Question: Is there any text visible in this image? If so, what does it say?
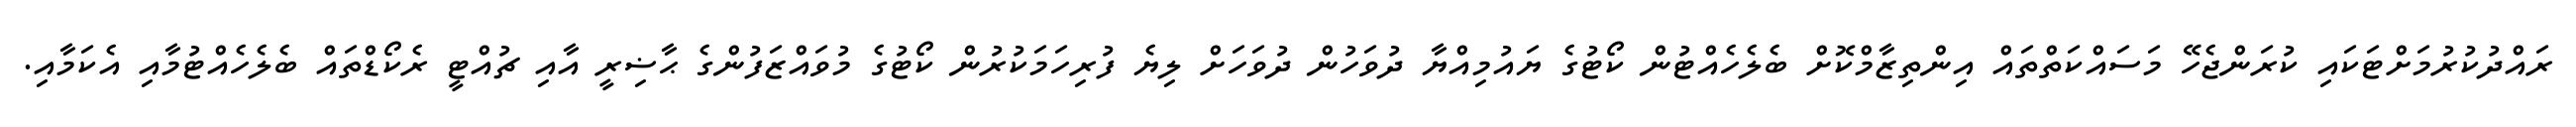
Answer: ރައްދުކުރުމަށްޓަކައި ކުރަންޖެހޭ މަސައްކަތްތައް އިންތިޒާމްކޮށް ބެލެހެއްޓުން ކޯޓުގެ ޔައުމިއްޔާ ދުވަހުން ދުވަހަށް ލިޔެ ފުރިހަމަކުރުން ކޯޓުގެ މުވައްޒަފުންގެ ޙާޟިރީ އާއި ޗުއްޓީ ރެކޯޑްތައް ބެލެހެއްޓުމާއި އެކަމާއި.